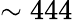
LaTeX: \sim 444